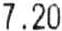
7.20